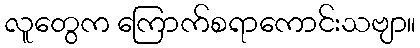
လူတွေက ကြောက်စရာကောင်းသဗျာ။